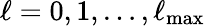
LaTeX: \ell=0,1,\dots,\ell_{\mathrm{max}}